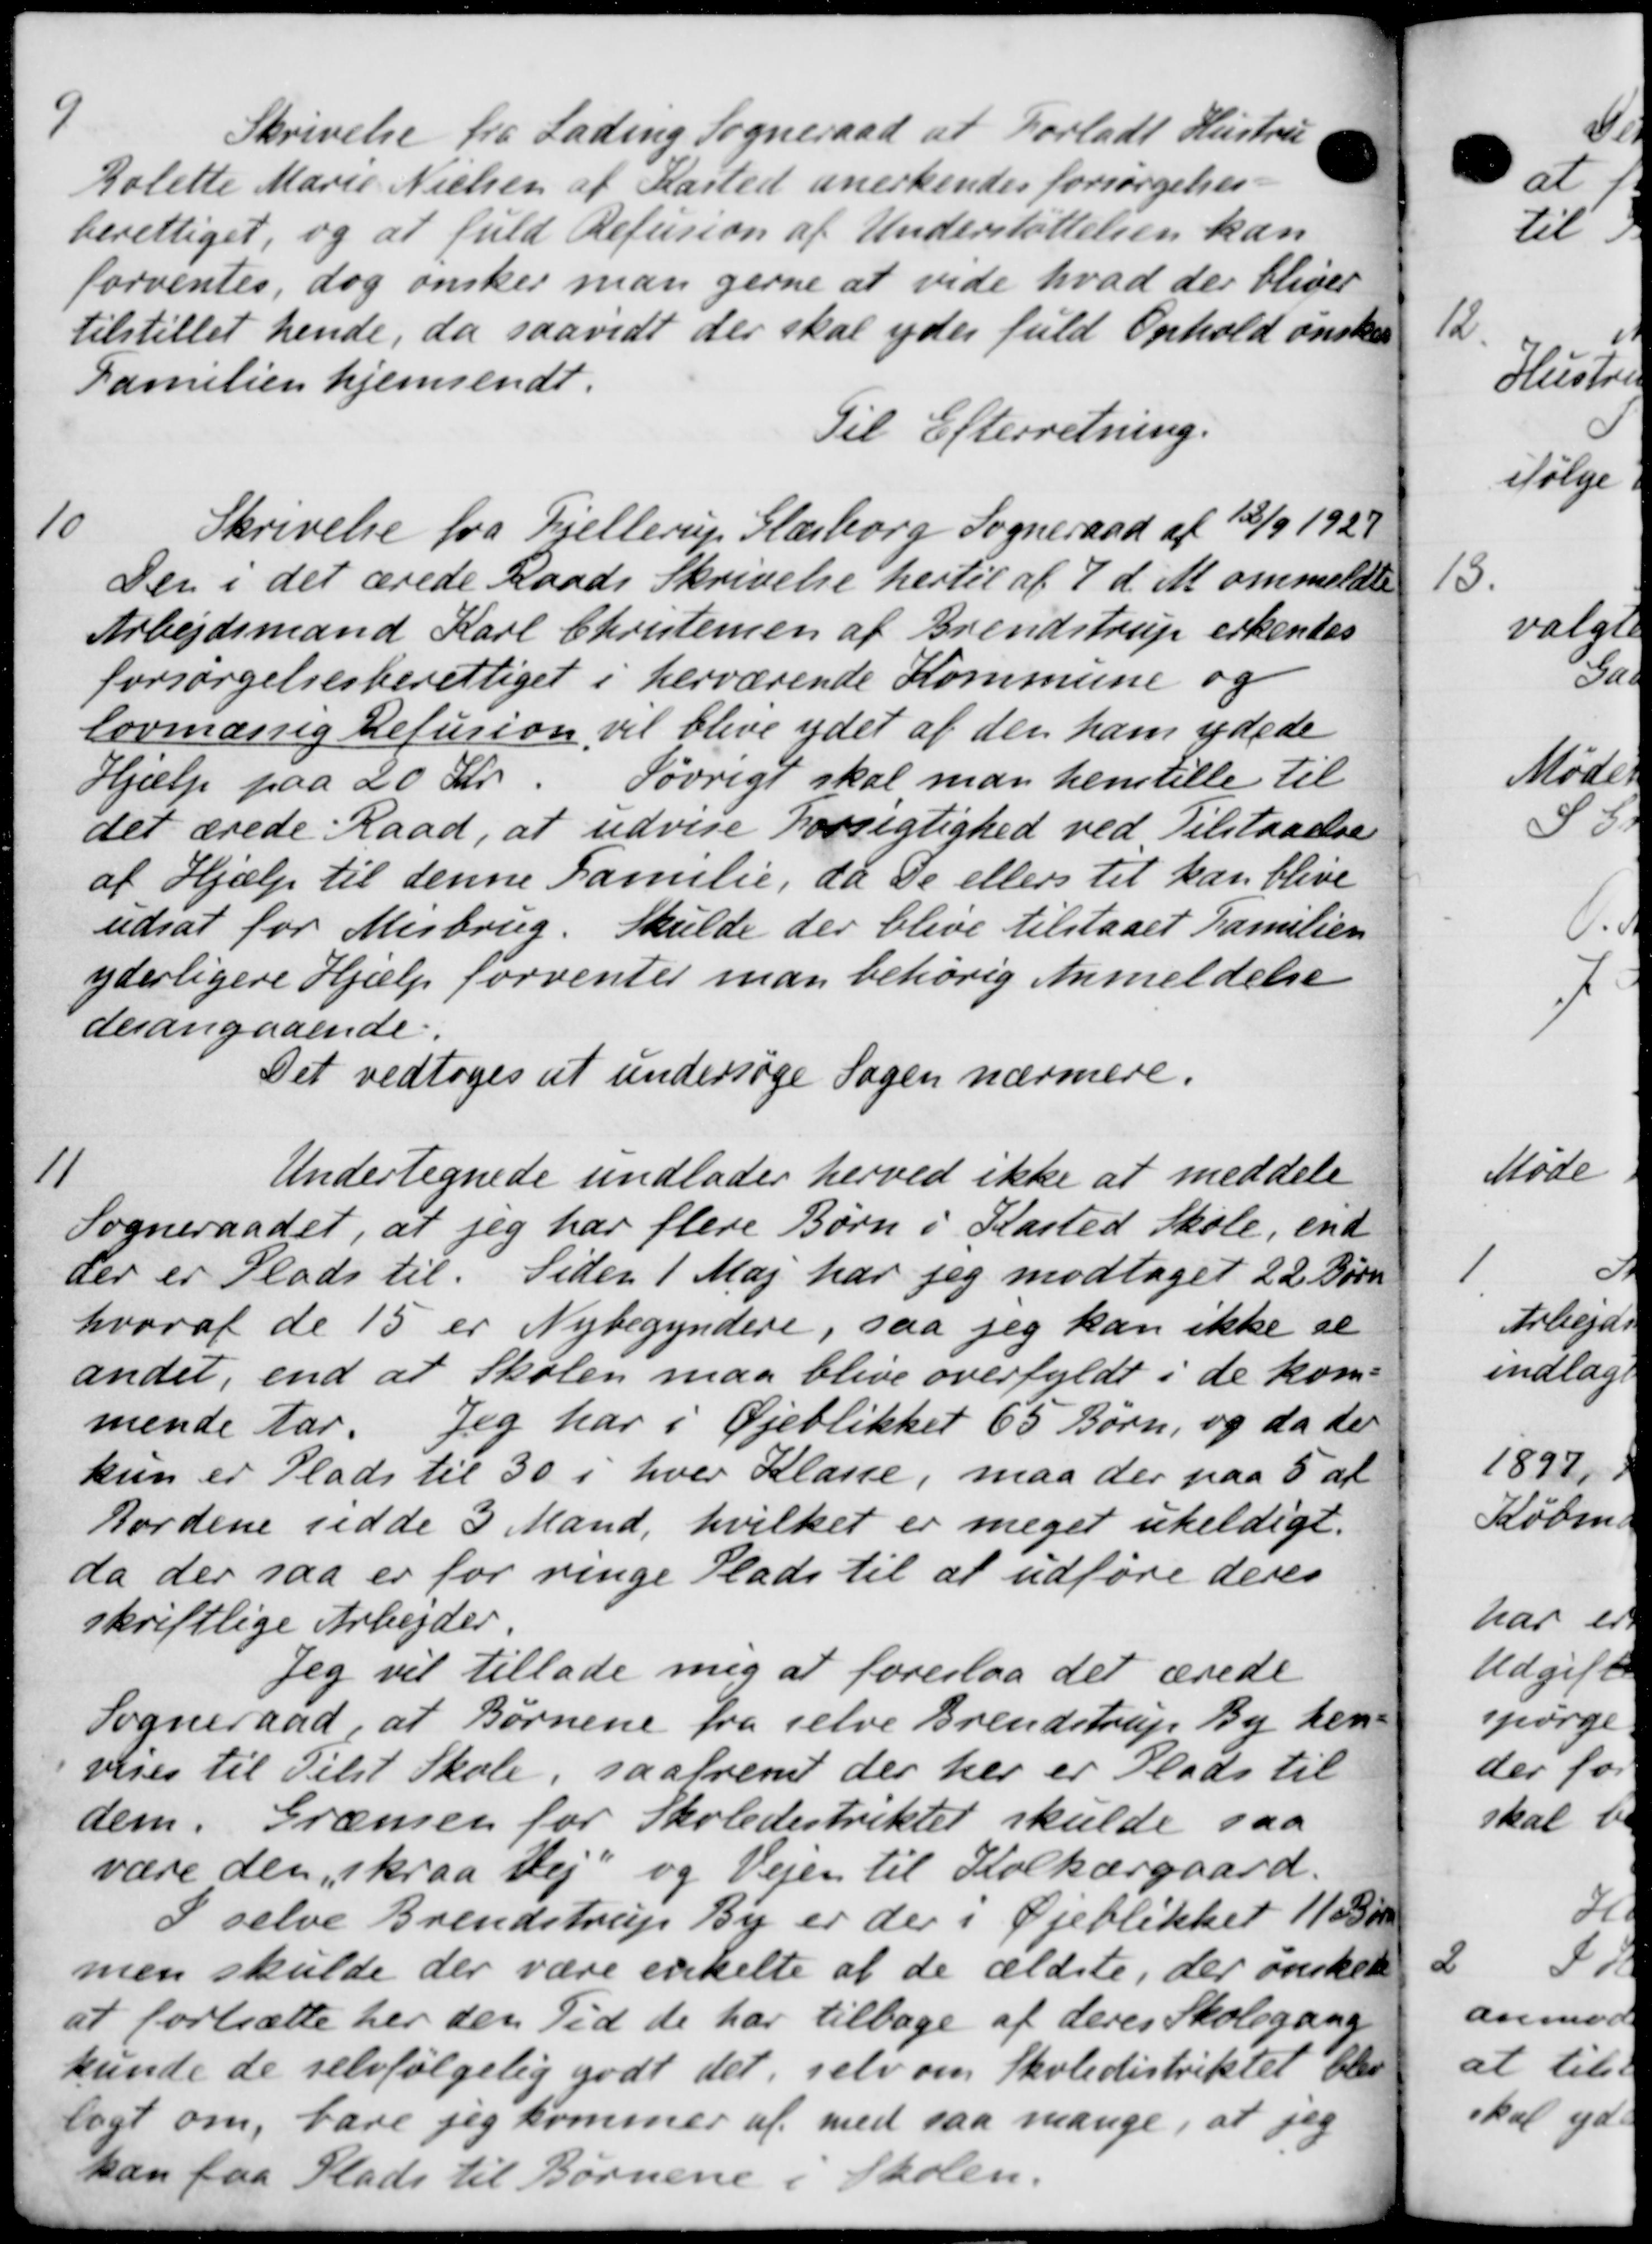
Transskription:
9
Skrivelse fra Lading Sogneraad at Forladt Hustru
kolette Marie Nielsen af Kasted anerkendes forsørgelses-
berettiget, og at fuld Refusion af Understøttelsen kan
forventes, dog ønsker man gerne at vide hvad der bliver
tilstillet hende, da saavidt der skal ydes fuld Ophold ønske
Familien hjemsendt.
Til Efterretning.

Skrivelse fra Fjellerup Glæsborg Sogneraad af 13/9 1929
Den i det ærede Raads Skrivelse hertil af 7 d. M. ommeldte
Arbejdsmand Karl Christensen af Brendstrup erkendes
forsørgelsesberettiget i herværende Kommune og
lovmæssig Refusion vil blive ydet af den ham ydede
Hjælp paa 20 Kr. Iøvrigt skal man henstille til
det ærede Raad, at udvise Forsigtighed ved Tilstaaelse
af Hjælp til denne Familie, da De ellers til kan blive
udsat for Misbrug. Skulde der blive tilstaaet Familien
yderligere Hjælp forventer man behørig Anmeldelse
der angaaende.
Det vedtoges at undersøge Sagen nærmere.
11
Undertegnede undlader herved ikke at meddele
Sogneraadet, at jeg har flere Børn i Kasted Skole, end
der er Plads til. Siden 1 Maj har jeg modtaget 22 Børn
hvoraf de 15 er Nybegyndere, saa jeg kan ikke se
andet, end at Skolen maa blive overfyldt i de kom-
mende Aar. Jeg har i Øjeblikket 65 Børn, og da der
kun er Plads til 30 i hver Klasse, maa der paa 5 af
Jordene udde 3 Mand, hvilket er meget ukeldigt.
da der saa er for ringe Plads til at udføre deres
skriftlige Arbejder.
Jeg vil tillade mig at foreslaa det ærede
Sogneraad, at Børnene fra selve Brendstrup By hen-
vises til Tilst Skole, saafremt der her er Plads til
dem. Grænsen for Skoledistriktet skulde saa
være den, skraa Vej og Vejen til Solkærgaard.
S selve Brendstrup By er der i Øjeblikket 1103 øre
men skulde der være enkelte at de ældste, der ønsket
at fortsætte her den Tid de har tilbage af deres Skolegang
kunde de selvfølgelig godt det, selv om Skoledistriktet blev
lagt om, bare jeg kommer af med saa mange, at jeg
kan faa Plads til Børnene i Skolen.